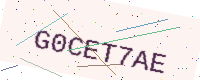
Text: G0CET7AE